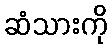
ဆံသားကို